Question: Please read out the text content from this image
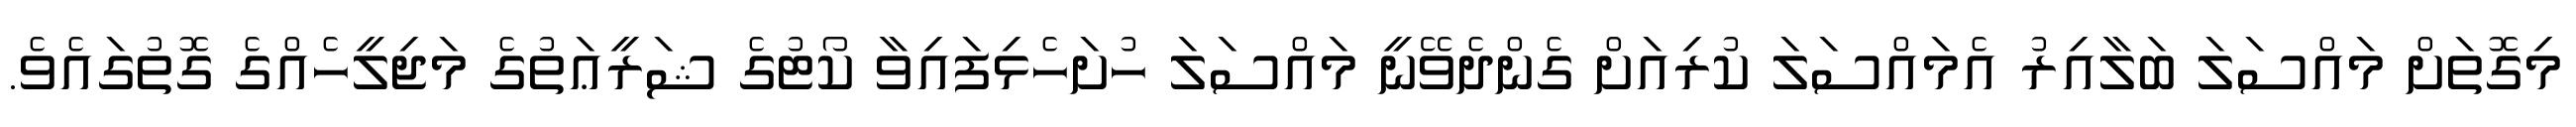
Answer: މިގޮތަށް މައްސަލަ ބަލާއިރު އެމައްސަލަ ކުރިއަށް ގެންދެވޭނީ މައްސަލަ ހުށަހެޅިފައިވާ ކޯޓުގެ ޝަރީޢަތުގެ މަޖިލީހެއްގެ ގޮތުގައެވެ.